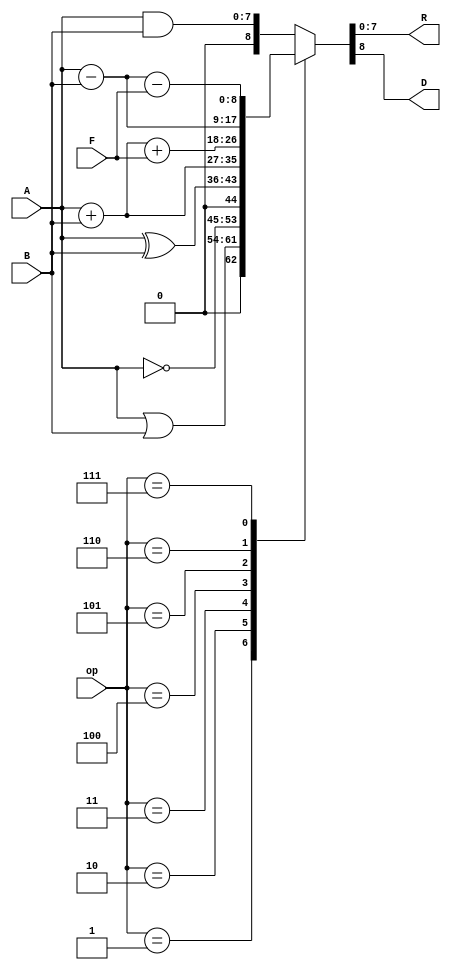
module ALU(
	A,
	B,
	op,
	F,
	R,
	D);

	//---Ports declearation: generated by Robei---
	input [7:0] A;
	input [7:0] B;
	input [3:0] op;
	input F;
	output [7:0] R;
	output D;

	wire [7:0] A;
	wire [7:0] B;
	wire [3:0] op;
	wire F;
	reg [7:0] R;
	reg D;

	//----Code starts here: integrated by Robei-----
	always @ ( A or B or op or F )
	begin
		case (op)
		3'b000: {D,R}=A&B;
		3'b001: {D,R}=A | B;
		3'b010: {D,R}=~ A;
		3'b011: {D,R}=A^B;
		3'b100: {D,R}=A+B;
		3'b101: {D,R}=A+B+F;
		3'b110: {D,R}=A-B;
		3'b111: {D,R}=A-B-F;
		default:{D,R}=A&B;
		endcase
	end
endmodule    //ALU